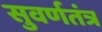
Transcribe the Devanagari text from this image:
सुवर्णतंत्र